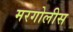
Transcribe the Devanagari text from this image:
मरगोलीस